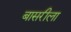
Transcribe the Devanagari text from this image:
बासरीला